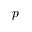
p